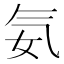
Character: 𣱘